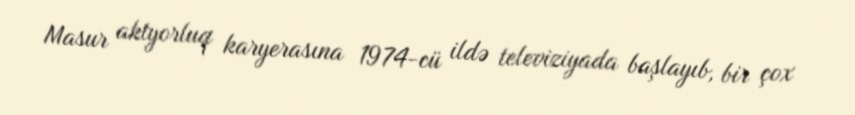
Masur aktyorluq karyerasına 1974-cü ildə televiziyada başlayıb, bir çox